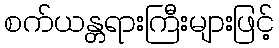
စက်ယန္တရားကြီးများဖြင့်